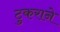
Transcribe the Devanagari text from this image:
टुकराने